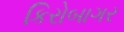
કિરોબાગર